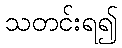
သတင်းရ၍